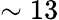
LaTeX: \sim 13